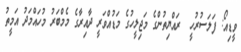
ވީޑިއޯ: ފަލަސުރުހީ  ރައްޔިތުންގެ މަޖިލީހުގެ މަޑުއްވަރީ ދާއިރާގެ މެމްބަރު މުހައްމަދު އަމީތު